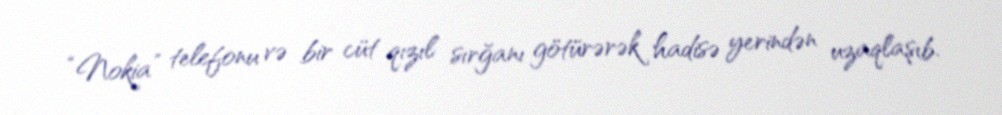
“Nokia” telefonu və bir cüt qızıl sırğanı götürərək hadisə yerindən uzaqlaşıb.